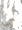
لن